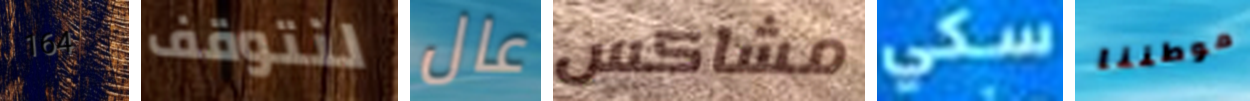
164 لنتوقف عال مشاكس سكي موطننا